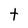
Character: t